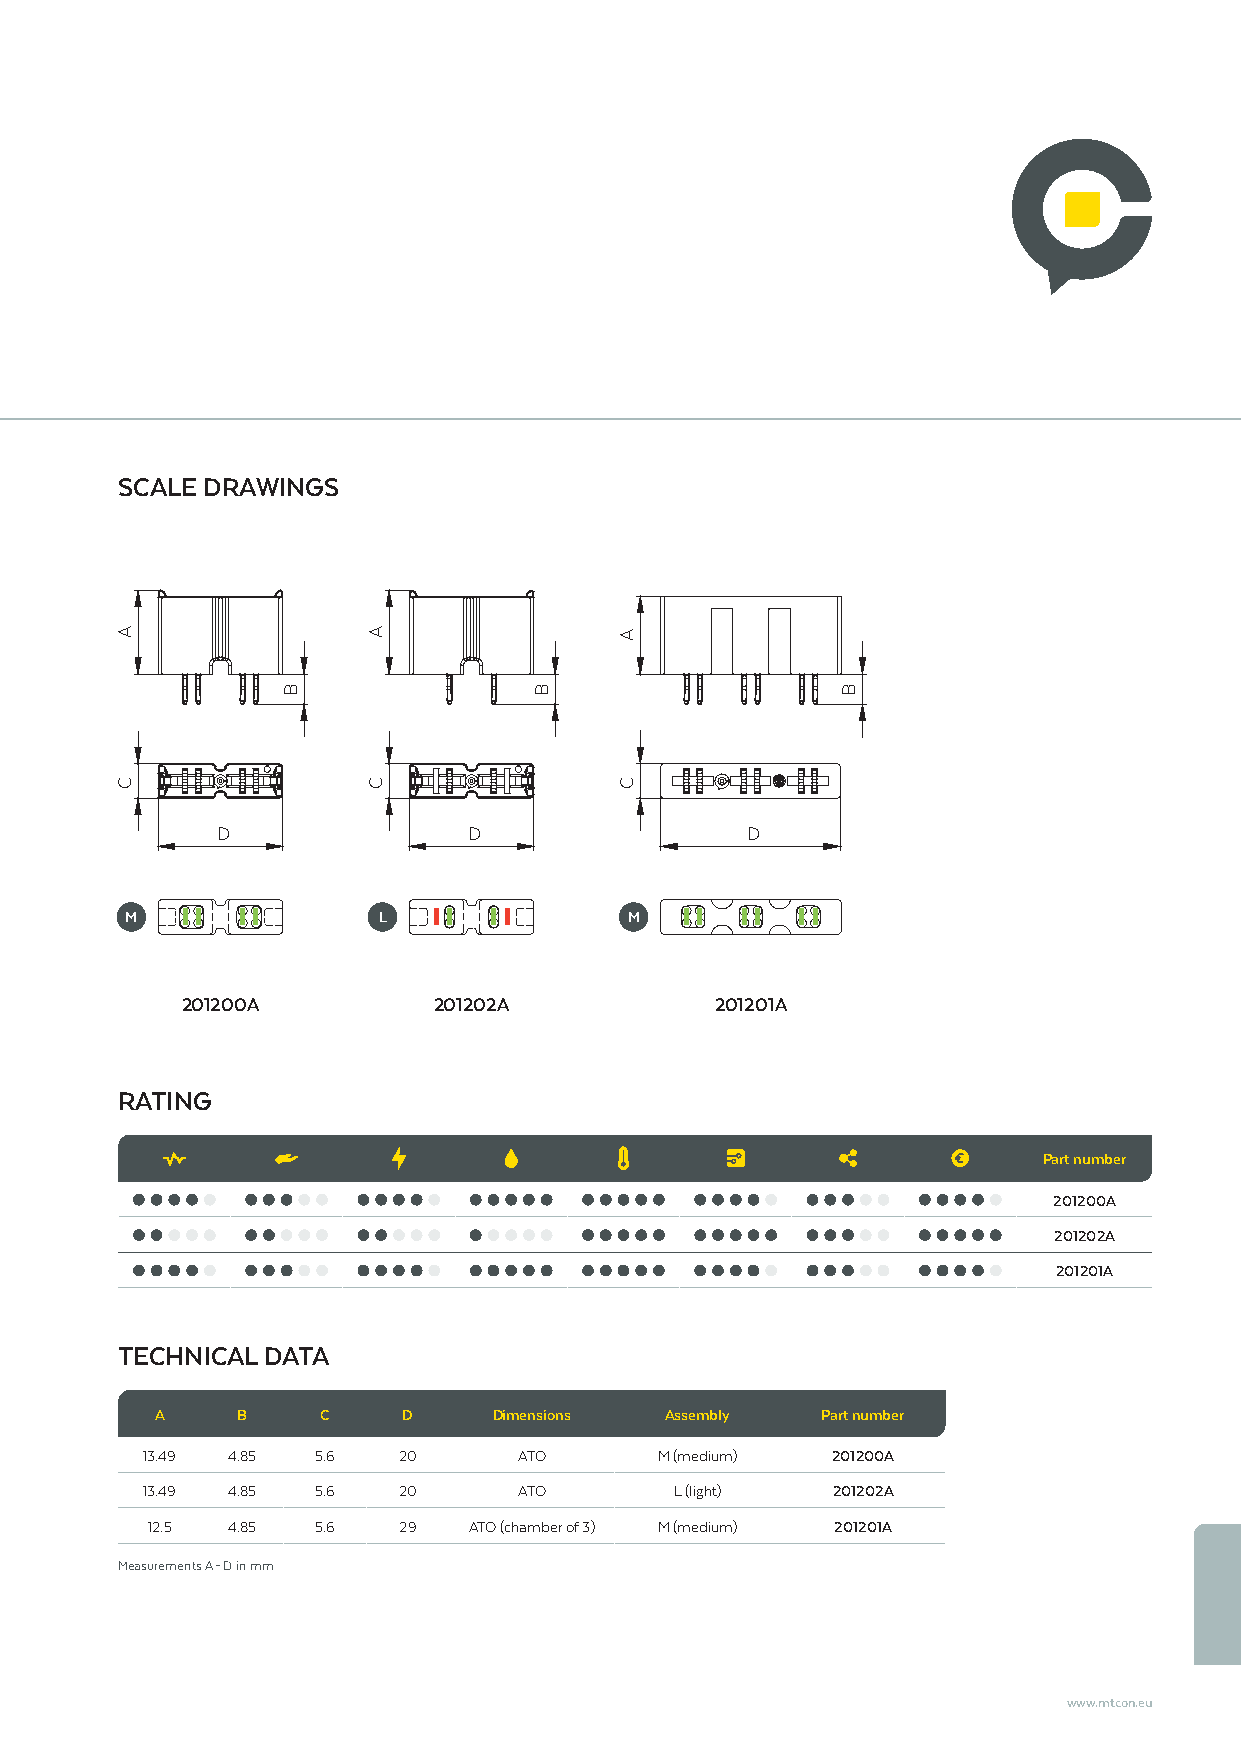
SCALE DRAWINGS
 D                D                 D
 M                L                M
 201200A          201202A           201201A
 RATING
 Part number
 201200A
 201202A
 201201A
 TECHNICAL DATA
 A     B    C     D     Dimensions Assembly  Part number
 13.49 4.85  5.6  20      ATO       M (medium) 201200A
 13.49 4.85  5.6  20      ATO        L (light) 201202A
 12.5 4.85  5.6  29   ATO (chamber of 3) M (medium) 201201A
 Measurements A – D in mm
 www.mtcon.eu
 A
 C
 B
 A
 C
 B
 A
 C
 B